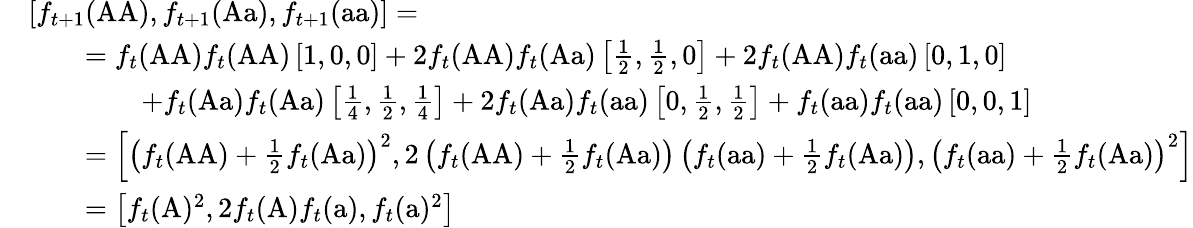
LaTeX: {\begin{array}{rl}&{\left[f_{t+1}({\mathrm{AA}}),f_{t+1}({\mathrm{Aa}}),f_{t+1}({\mathrm{aa}})\right]=}\\ &{\qquad=f_{t}({\mathrm{AA}})f_{t}({\mathrm{AA}})\left[1,0,0\right]+2f_{t}({\mathrm{AA}})f_{t}({\mathrm{Aa}})\left[{\frac{1}{2}},{\frac{1}{2}},0\right]+2f_{t}({\mathrm{AA}})f_{t}({\mathrm{aa}})\left[0,1,0\right]}\\ &{\qquad\qquad+f_{t}({\mathrm{Aa}})f_{t}({\mathrm{Aa}})\left[{\frac{1}{4}},{\frac{1}{2}},{\frac{1}{4}}\right]+2f_{t}({\mathrm{Aa}})f_{t}({\mathrm{aa}})\left[0,{\frac{1}{2}},{\frac{1}{2}}\right]+f_{t}({\mathrm{aa}})f_{t}({\mathrm{aa}})\left[0,0,1\right]}\\ &{\qquad=\left[\left(f_{t}({\mathrm{AA}})+{\frac{1}{2}}f_{t}({\mathrm{Aa}})\right)^{2},2\left(f_{t}({\mathrm{AA}})+{\frac{1}{2}}f_{t}({\mathrm{Aa}})\right)\left(f_{t}({\mathrm{aa}})+{\frac{1}{2}}f_{t}({\mathrm{Aa}})\right),\left(f_{t}({\mathrm{aa}})+{\frac{1}{2}}f_{t}({\mathrm{Aa}})\right)^{2}\right]}\\ &{\qquad=\left[f_{t}({\mathrm{A}})^{2},2f_{t}({\mathrm{A}})f_{t}({\mathrm{a}}),f_{t}({\mathrm{a}})^{2}\right]}\end{array}}